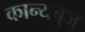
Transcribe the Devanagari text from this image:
कान्यबुज